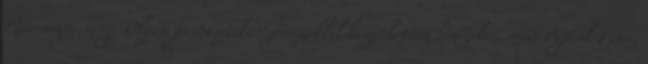
Márványterméig. Olyan fantasztikus zenészekkel készíthettem lemezeket, mint Pejtsik Péter,